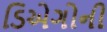
ડિએગોની